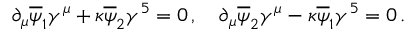
\partial _ { \mu } \overline { { \psi } } _ { 1 } \gamma ^ { \mu } + \kappa \overline { { \psi } } _ { 2 } \gamma ^ { 5 } = 0 \, , \quad \partial _ { \mu } \overline { { \psi } } _ { 2 } \gamma ^ { \mu } - \kappa \overline { { \psi } } _ { 1 } \gamma ^ { 5 } = 0 \, .